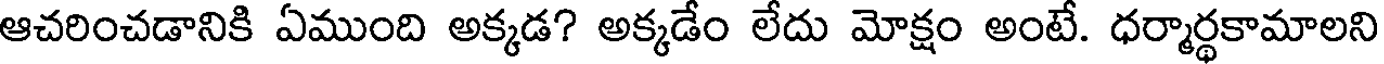
ఆచరించడానికి ఏముంది అక్కడ? అక్కడేం లేదు మోక్షం అంటే. ధర్మార్థకామాలని